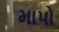
માપો